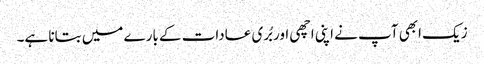
زیک ابھی آپ نے اپنی اچھی اور بُری عادات کے بارے میں بتانا ہے۔